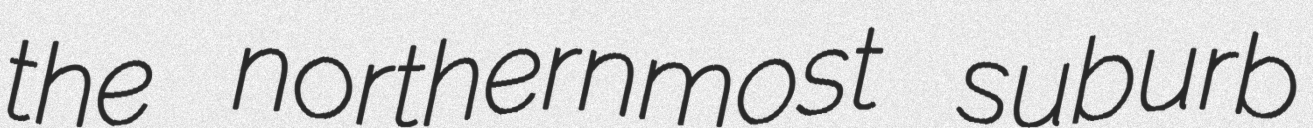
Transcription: the northernmost suburb